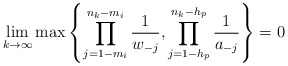
\begin{align*}\displaystyle\lim_{k\to \infty} \max \left\{\prod_{j=1-m_i}^{n_k-m_i}\frac{1}{w_{-j}} , \prod_{j=1-h_p}^{n_k-h_p}\frac{1}{a_{-j}}\right\}=0\end{align*}